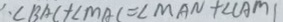
1 . \angle B A C + \angle M A C = \angle M A N + \angle C A M